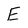
Character: E